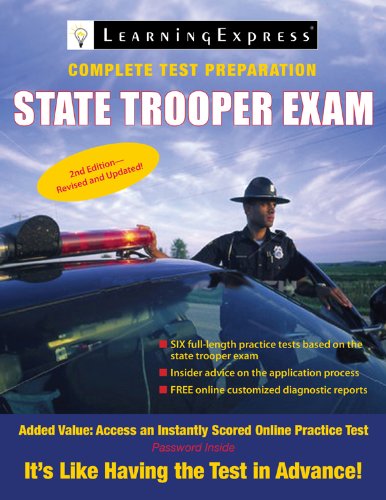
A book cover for State Trooper Exam; LearningExpress LLC Editors; Test Preparation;